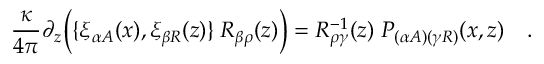
{ \frac { \kappa } { 4 \pi } } \partial _ { z } \Bigl ( \{ \xi _ { \alpha A } ( x ) , \xi _ { \beta R } ( z ) \} \; R _ { \beta \rho } ( z ) \Bigr ) = R _ { \rho \gamma } ^ { - 1 } ( z ) \; P _ { ( \alpha A ) ( \gamma R ) } ( x , z ) \quad .